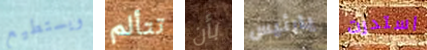
ويستطيع تتألم بأن يارئيس استدرت